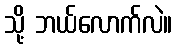
သို့ ဘယ်လောက်လဲ။